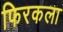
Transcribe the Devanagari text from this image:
फिरकला